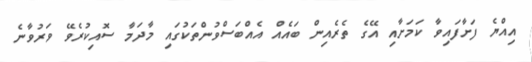
އިއްޔެ ފަށާފައިވާ ކަމަށާއި އޭގެ ތެރެއިން ބައެއް އެއްބަސްވުންތަކުގައި މާދަމާ ސޮއިކުރެވޭ ވަރުވާނެ